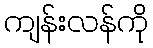
ကျန်းလန်ကို